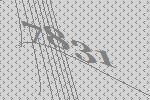
7831